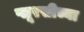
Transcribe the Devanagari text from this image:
प्लूरसीच्या